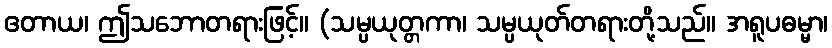
ဧတာယ၊ ဤသဘောတရားဖြင့်။ (သမ္ပယုတ္တကာ၊ သမ္ပယုတ်တရားတို့သည်။ အရူပဓမ္မာ၊